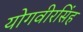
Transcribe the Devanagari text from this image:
योगवीरसिंह